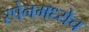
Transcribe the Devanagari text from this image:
स्पेनमध्येच